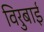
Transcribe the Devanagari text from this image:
विरुबाई